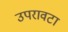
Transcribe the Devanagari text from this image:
उपरावटा